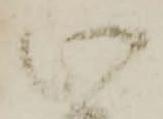
此